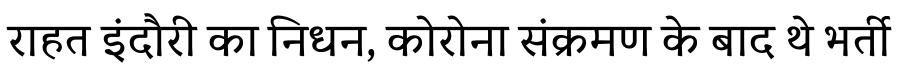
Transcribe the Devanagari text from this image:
राहत इंदौरी का निधन, कोरोना संक्रमण के बाद थे भर्ती